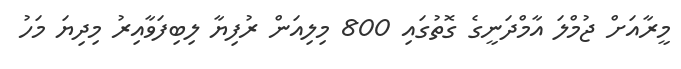
މީރާއަށް ޖުމްލަ އާމްދަނީގެ ގޮތުގައި 800 މިލިއަން ރުފިޔާ ލިބިފަވާއިރު މިދިޔަ މަހު